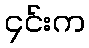
၄င်းက